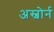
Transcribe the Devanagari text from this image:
अस्बोर्न